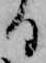
る